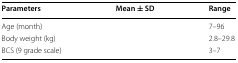
<table><thead><tr><td><b>Parameters</b></td><td><b>Mean ± SD</b></td><td><b>Range</b></td></tr></thead><tbody><tr><td>Age (month)</td><td>[EMPTY_CELL]</td><td>7–96</td></tr><tr><td>Body weight (kg)</td><td>[EMPTY_CELL]</td><td>2.8–29.8</td></tr><tr><td>BCS (9 grade scale)</td><td>[EMPTY_CELL]</td><td>3–7</td></tr></tbody></table>